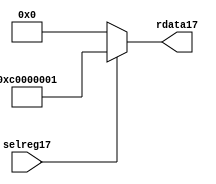
//File17 name   : smc_cfreg_lite17.v
//Title17       : 
//Created17     : 1999
//Description17 : Single17 instance of a config register
//Notes17       : 
//----------------------------------------------------------------------
//   Copyright17 1999-2010 Cadence17 Design17 Systems17, Inc17.
//   All Rights17 Reserved17 Worldwide17
//
//   Licensed17 under the Apache17 License17, Version17 2.0 (the
//   "License17"); you may not use this file except17 in
//   compliance17 with the License17.  You may obtain17 a copy of
//   the License17 at
//
//       http17://www17.apache17.org17/licenses17/LICENSE17-2.0
//
//   Unless17 required17 by applicable17 law17 or agreed17 to in
//   writing, software17 distributed17 under the License17 is
//   distributed17 on an "AS17 IS17" BASIS17, WITHOUT17 WARRANTIES17 OR17
//   CONDITIONS17 OF17 ANY17 KIND17, either17 express17 or implied17.  See
//   the License17 for the specific17 language17 governing17
//   permissions17 and limitations17 under the License17.
//----------------------------------------------------------------------



module smc_cfreg_lite17 (
  // inputs17
  selreg17,

  // outputs17
  rdata17
);


// Inputs17
input         selreg17;               // select17 the register for read/write access

// Outputs17
output [31:0] rdata17;                 // Read data

wire   [31:0] smc_config17;
wire   [31:0] rdata17;


assign rdata17 = ( selreg17 ) ? smc_config17 : 32'b0;
assign smc_config17 =  {1'b1,1'b1,8'h00, 2'b00, 2'b00, 2'b00, 2'b00,2'b00,2'b00,2'b00,8'h01};




endmodule // smc_cfreg17